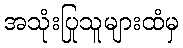
အသုံးပြုသူများထံမှ